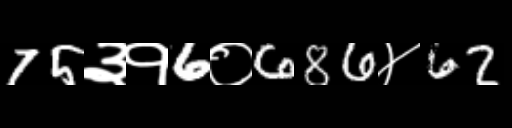
Text: 75३१6०686४62